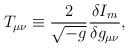
LaTeX: \begin{align*}T_{\mu\nu} \equiv \frac{2}{\sqrt{-g}}\frac{\delta I_m}{\delta g_{\mu\nu}} ,\end{align*}